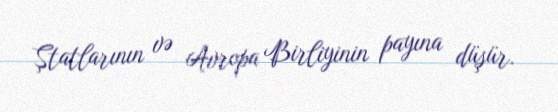
Ştatlarının və Avropa Birliyinin payına düşür.